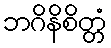
ဘဂိနိစိတ္တံ